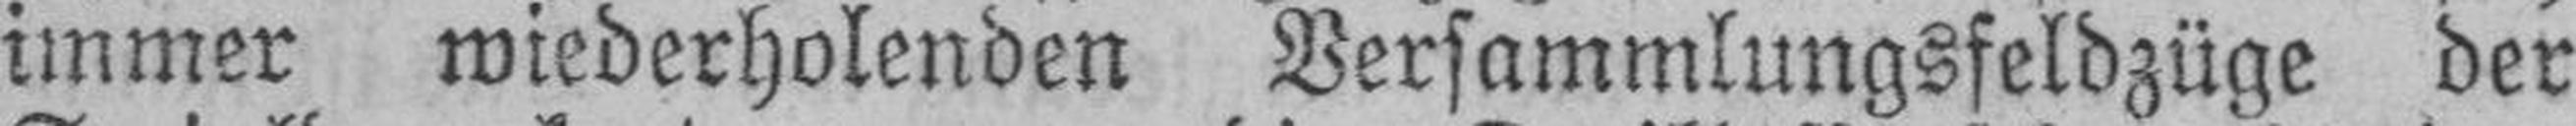
immer wiederholenden Versammlungsfeldzüge der